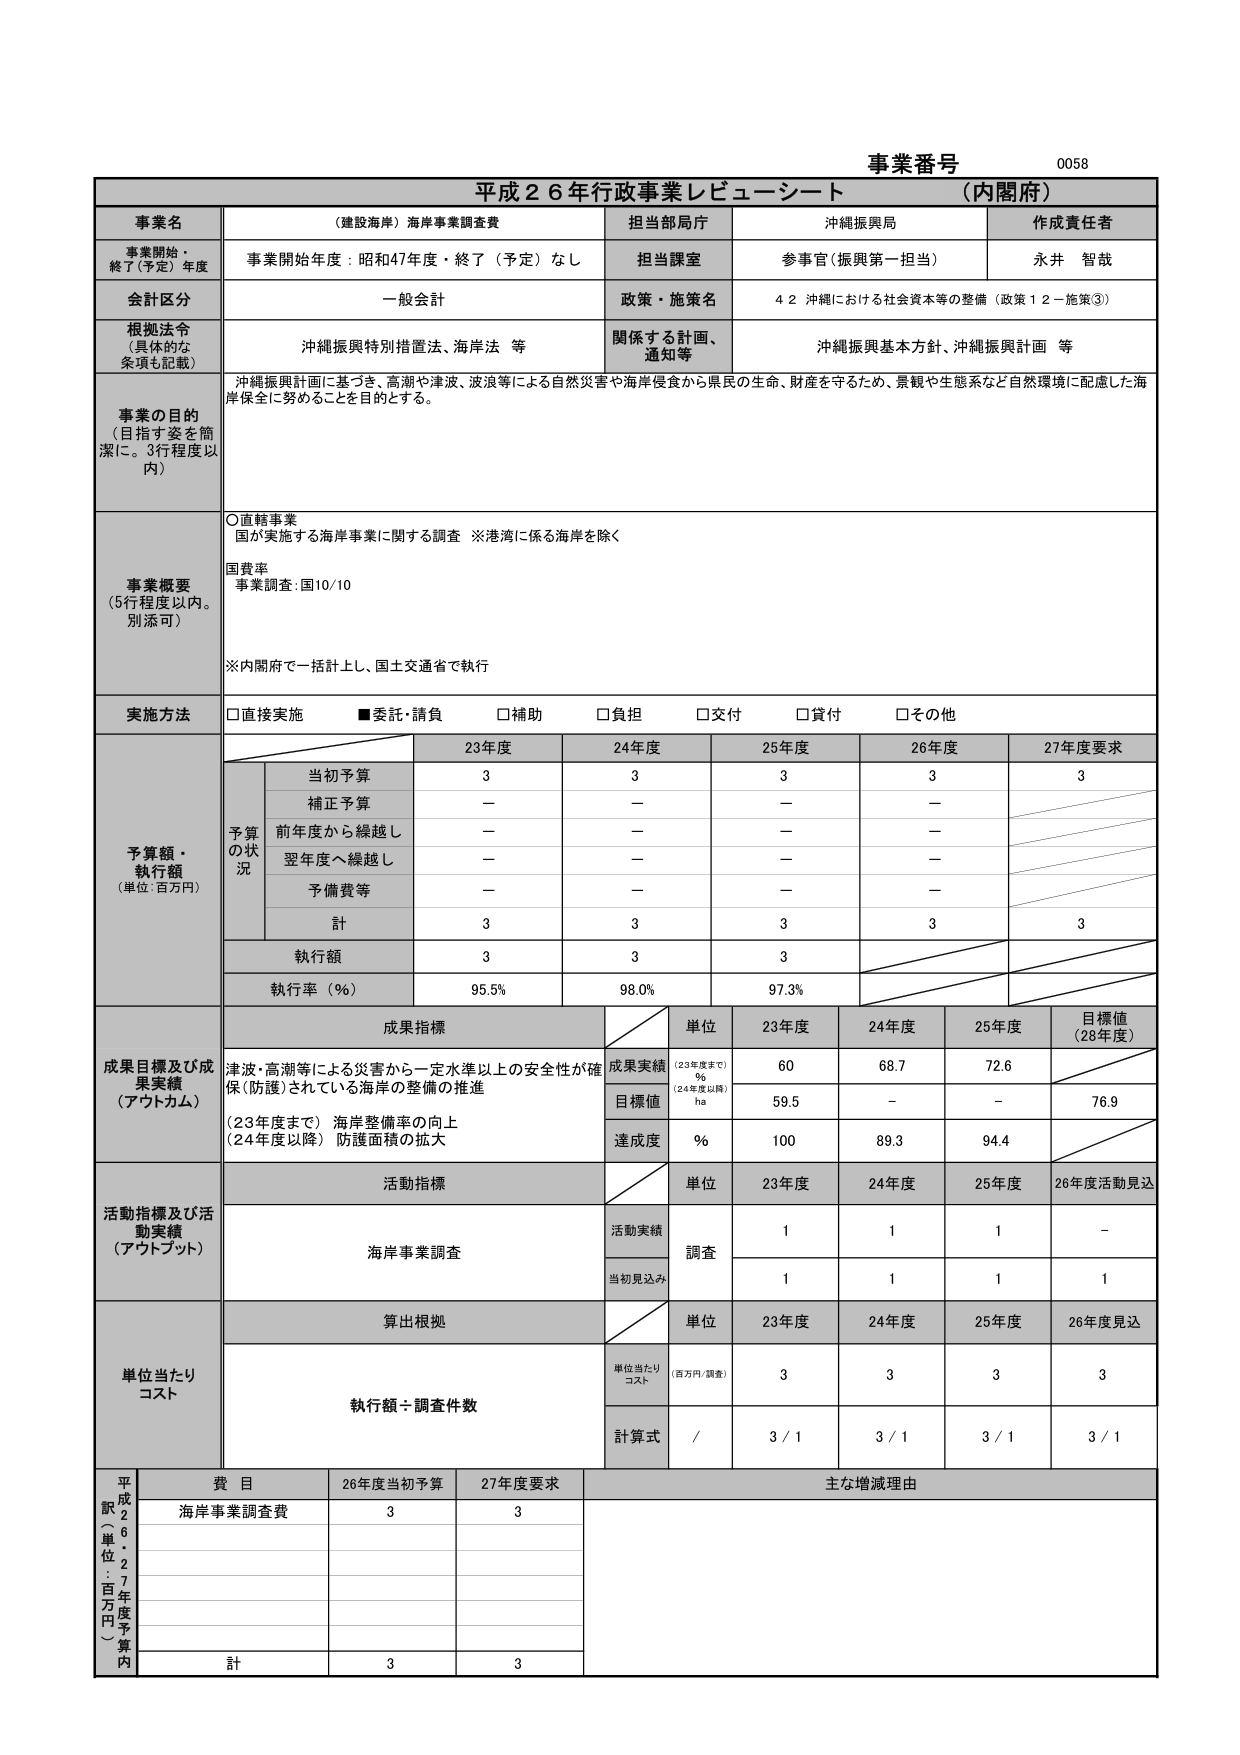
事業番号 0058
平成２６年行政事業レビューーシート （内閣府）

事業名 （建設海岸）海岸事業調査費
担当部局庁 沖縄振興局
作成責任者 永井 智哉

事業開始・終了（予定）年度 事業開始年度：昭和47年度・終了（予定）なし
担当課室 参事官（振興第一担当）

会計区分 一般会計
政策・施策名 ４２ 沖縄における社会資本等の整備（政策１２－施策③）

根拠法令 （具体的な条項も記載） 沖縄振興特別措置法、海岸法 等
関係する計画、通知等 沖縄振興基本方針、沖縄振興計画 等

事業の目的 （目指す姿を簡潔に。3行程度以内） 沖縄振興計画に基づき、高潮や津波、波浪等による自然災害や海岸侵食から県民の生命、財産を守るため、景観や生態系など自然環境に配慮した海岸保全に努めることを目的とする。

事業概要 （5行程度以内。別添可）
○直轄事業
国が実施する海岸事業に関する調査 ※港湾に係る海岸を除く
国費率
事業調査：国10/10
※内閣府で一括計上し、国土交通省で執行

実施方法 □直接実施 ■委託・請負 □補助 □負担 □交付 □貸付 □その他

予算額・執行額 （単位：百万円）
当初予算 3 3 3 3 3
補正予算 － － － －
前年度から繰越し － － － －
翌年度へ繰越し － － － －
予備費等 － － － －
計 3 3 3 3 3
執行額 3 3 3
執行率（％） 95.5% 98.0% 97.3%

成果指標
津波・高潮等による災害から一定水準以上の安全性が確保（防護）されている海岸の整備の推進
（23年度まで）海岸整備率の向上
（24年度以降）防護面積の拡大
単位 23年度 24年度 25年度 目標値（28年度）
成果実績 （23年度まで）％ （24年度以降）ha 60 68.7 72.6
目標値 59.5 － － 76.9
達成度 ％ 100 89.3 94.4

活動指標及び活動実績（アウトプット）
活動指標 単位 23年度 24年度 25年度 26年度活動見込
海岸事業調査 活動実績 調査 1 1 1 －
当初見込み 1 1 1 1

単位当たりコスト
算出根拠 単位 23年度 24年度 25年度 26年度見込
執行額÷調査件数 単位当たりコスト（百万円/調査） 3 3 3 3
計算式 / 3 / 1 3 / 1 3 / 1 3 / 1

平成26年度予算内（単位：百万円）
費目 26年度当初予算 27年度要求 主な増減理由
海岸事業調査費 3 3
計 3 3